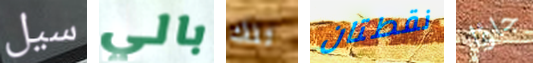
سيل بالي تلك نقطتان جاؤا